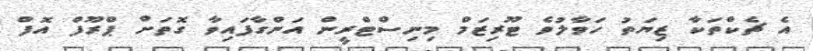
އެ ޗެކްތަކާ ޒިޔަތު ހަވާލުވެ ޓޫރިޒަމް މިނިސްޓްރީން އަންގާފައިވާ ގޮތަށް ޕްރޫފް އޮފް